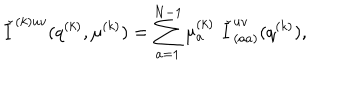
{ \check { I } } ^ { ( k ) u v } ( q ^ { ( k ) } , \mu ^ { ( k ) } ) = \sum _ { a = 1 } ^ { N - 1 } \mu _ { a } ^ { ( k ) } \, \, { \check { I } } _ { ( a a ) } ^ { u v } ( q ^ { ( k ) } ) ,